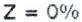
Z = 0%